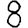
Digit: 8